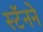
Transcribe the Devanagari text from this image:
स्टॅनने